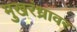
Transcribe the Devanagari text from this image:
मुखरंध्रावर